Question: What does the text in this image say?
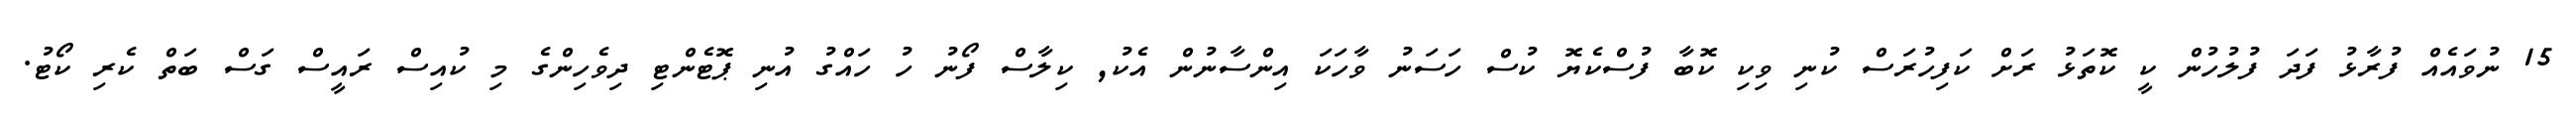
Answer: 15 ނުވައެއް ފުރާޅު ފަދަ ފުލުހުން ކީ ކޮތަޅު ރަށް ކަފިހުރަސް ކުނި ވިކި ކޮބާ ފުސްކެޔޮ ކުސް ހަސަނު ވާހަކަ އިންސާނުން އެކު, ކިލާސް ފޯނު ހު ހައްގު އުނި ޕޮޓެންޓި ދިވެހިންގެ މި ކުއިސް ރައީސް ގަސް ބަތް ކެރި ކޯޓު.